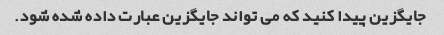
جایگزین پیدا کنید که می تواند جایگزین عبارت داده شده شود.